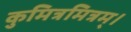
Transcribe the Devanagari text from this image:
कुमित्रमित्रम्।